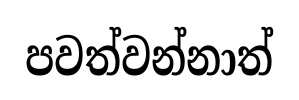
පවත්වන්නාත්